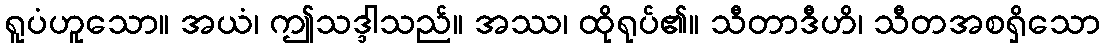
ရူပံဟူသော။ အယံ၊ ဤသဒ္ဒါသည်။ အဿ၊ ထိုရုပ်၏။ သီတာဒီဟိ၊ သီတအစရှိသော